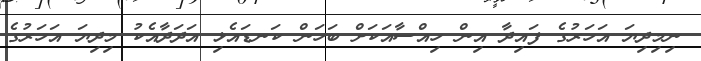
ނިމިދިޔަ އަހަރުގެ ފައިދާ އިން ހިއްސާއަކަށް ބަހަން ކަނޑައެޅި އަދަދާއެކު މިދިޔަ އަހަރުގެ